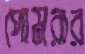
পোমরার